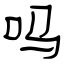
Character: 吗